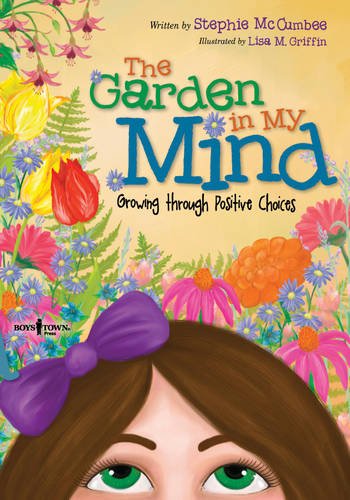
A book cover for The Garden in My Mind: Growing Through Positive Choices; Stephie Mccumbee; Politics & Social Sciences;